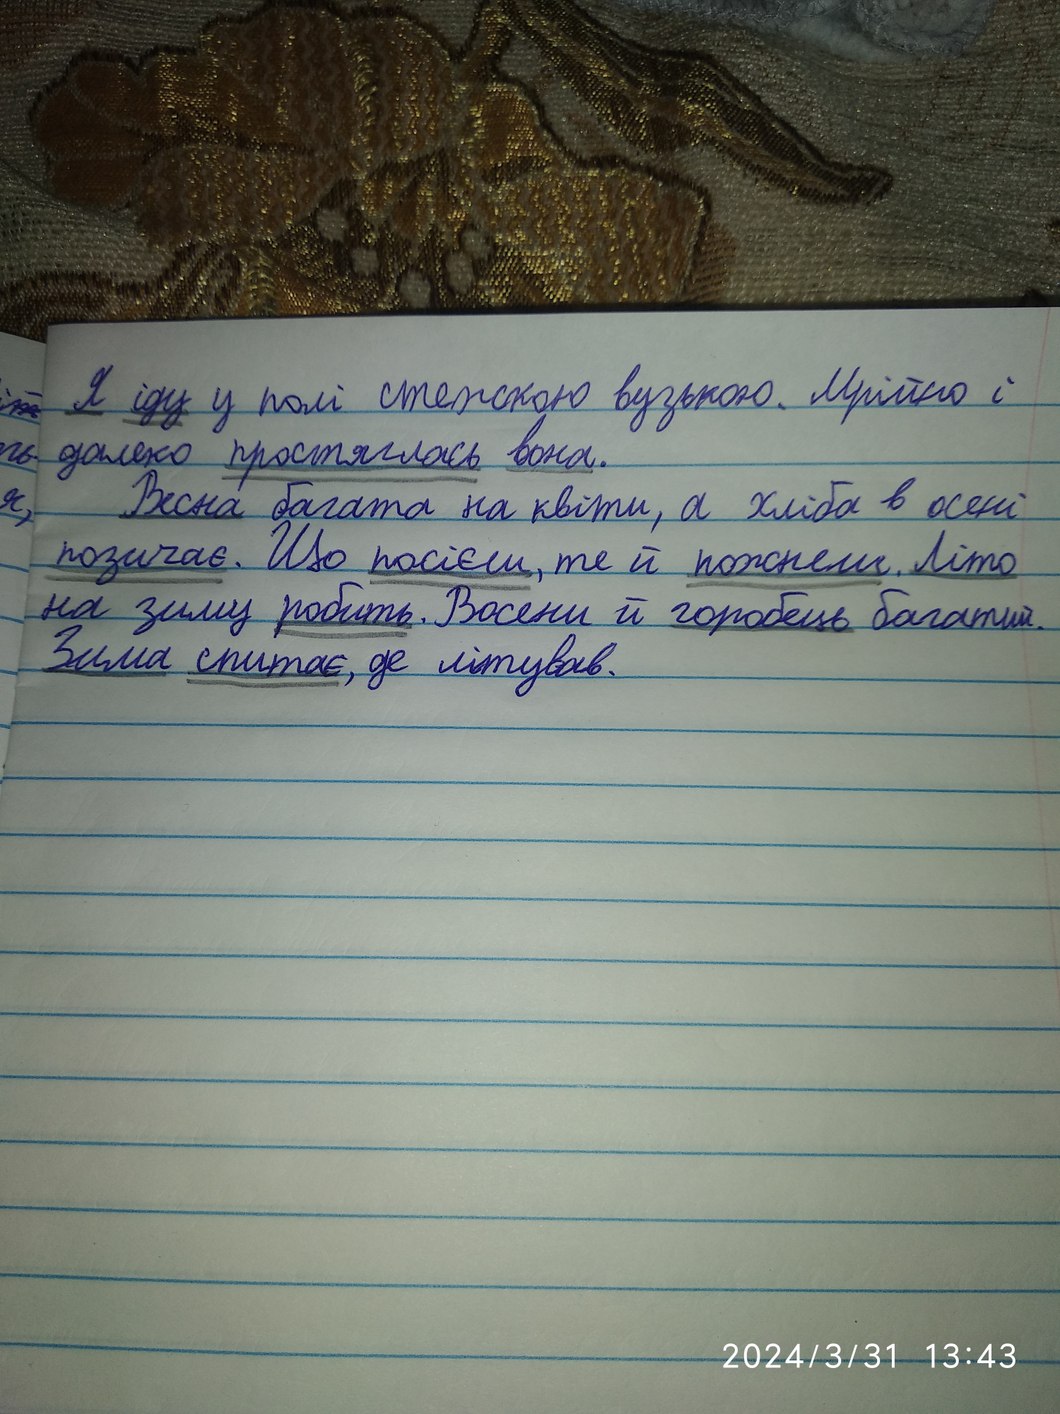
Я іду у полі стежкою вузькою. Мрійно і
далеко простяглась вона.
Весна багата на квіти, а хліба в осені
позичає. Що посієш, те й пожнеш. Літо
на зиму робить. Восени й горобець багатий.
Зима спитає, де літував.